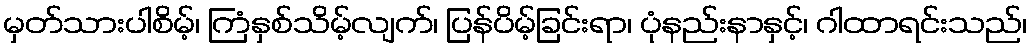
မှတ်သားပါစိမ့်၊ ကြံနှစ်သိမ့်လျက်၊ ပြန်ပိမ့်ခြင်းရာ၊ ပုံနည်းနာနှင့်၊ ဂါထာရင်းသည်၊